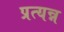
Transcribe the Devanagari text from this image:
प्रत्यन्न